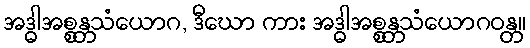
အဒ္ဓါအစ္စန္တသံယောဂ, ဒီဃော ကား အဒ္ဓါအစ္စန္တသံယောဂဝန္တ။